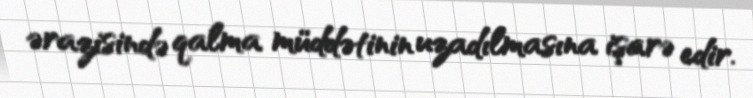
ərazisində qalma müddətinin uzadılmasına işarə edir.